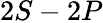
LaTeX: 2S-2P